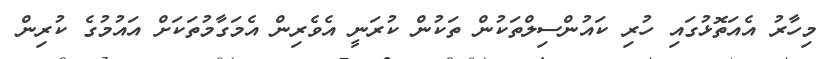
މިހާރު އެއަތޮޅުގައި ހުރި ކައުންސިލްތަކުން ތަކުން ކުރަނީ އެވެރިން އެމަގާމުތަކަށް އައުމުގެ ކުރިން